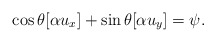
\begin{align*}\cos \theta [\alpha u_x] + \sin \theta [\alpha u_y] = \psi.\end{align*}